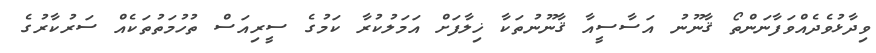
ވިދާޅުވެދެއްވަފާނަންތޯ ޤާނޫނު އަސާސީއާ ޤާނޫނުތަކާ ޚިލާފަށް އަމަލުކުރާ ކަމުގެ ސީރިއަސް ތުހުމަތުތަކެއް ސަރުކާރުގެ